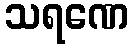
သရဏေ